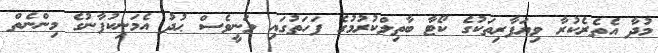
މުދާ އެތެރެކުރާ ވިޔަފާރިތަކުގެ ކޯޓާ ބާތިލްކުރުމުގެ ފަހަތުގައި ވަނީވެސް ޙުދު އެމަނިކުފާނުގެ މިންނެތް